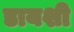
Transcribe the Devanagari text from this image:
डायशी